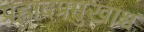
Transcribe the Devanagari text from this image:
प्रह्लादप्रमुखाश्च